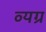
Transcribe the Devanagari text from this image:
व्‍यग्र